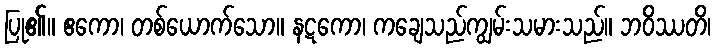
ပြု၏။ ဧကော၊ တစ်ယောက်သော။ နဋကော၊ ကချေသည်ကျွမ်းသမားသည်။ ဘဝိဿတိ၊